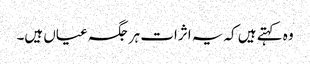
وہ کہتے ہیں کہ یہ اثرات ہر جگہ عیاں ہیں۔